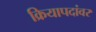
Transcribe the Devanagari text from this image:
क्रियापदांवर